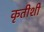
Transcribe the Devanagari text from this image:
कृतीशी